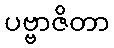
ပဗ္ဗာဇိတာ